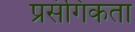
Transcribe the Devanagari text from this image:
प्रसंगिकता